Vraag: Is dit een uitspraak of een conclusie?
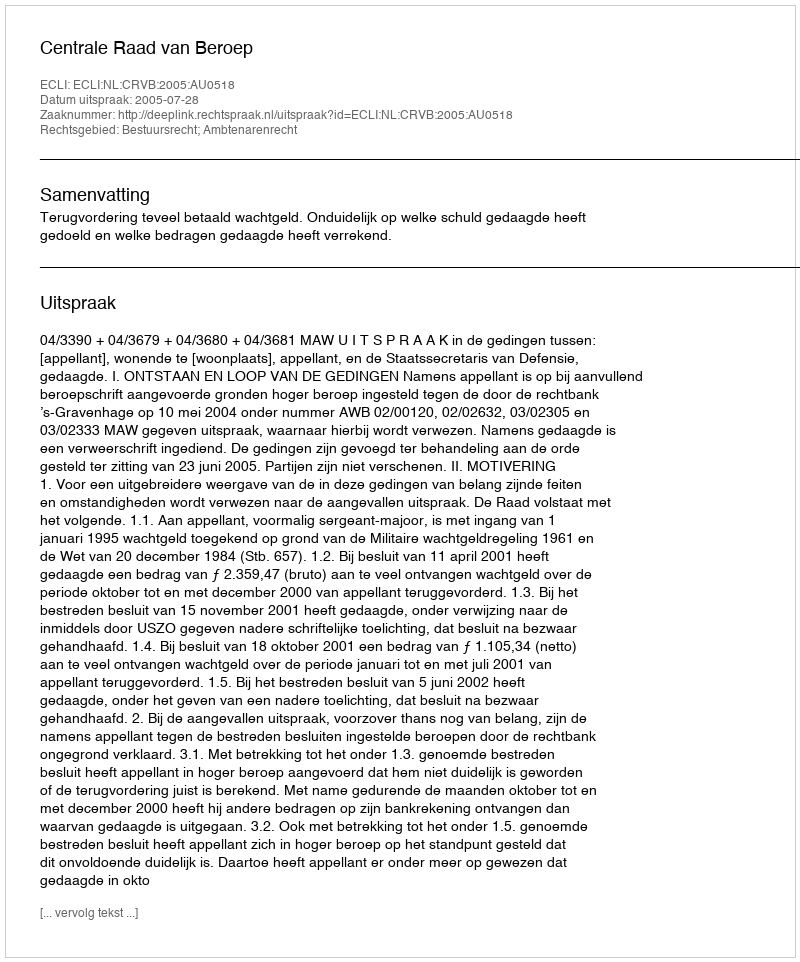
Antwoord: Uitspraak